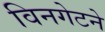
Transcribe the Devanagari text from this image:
विनगेटने